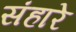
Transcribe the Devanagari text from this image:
संहारे